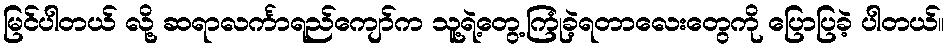
မြင်ပါတယ် လို့ ဆရာလင်္ကာရည်ကျော်က သူ့ရဲ့တွေ့ကြုံခဲ့ရတာလေးတွေကို ပြောပြခဲ့ ပါတယ်။